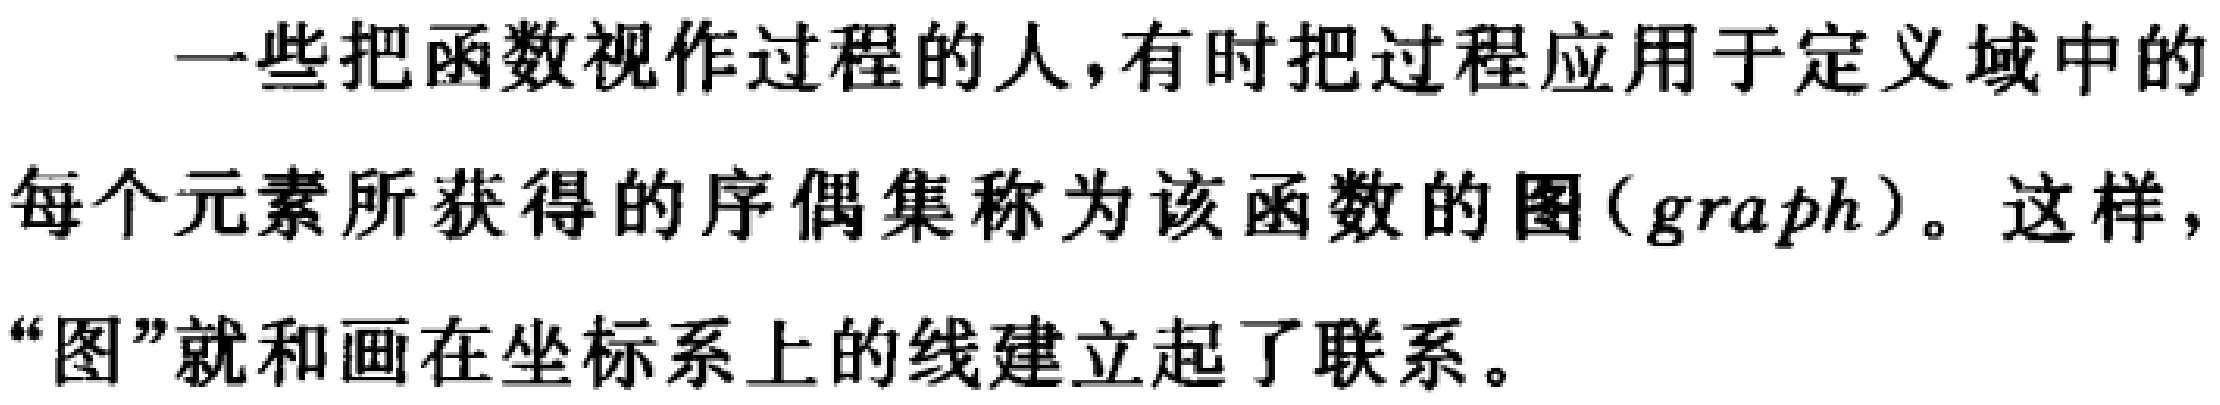
一些把函数视作过程的人,有时把过程应用于定义域中的每个元素所获得的序偶集称为该函数的图（graph）。这样，“图”就和画在坐标系上的线建立起了联系。